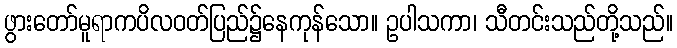
ဖွားတော်မူရာကပိလဝတ်ပြည်၌နေကုန်သော။ ဥပါသကာ၊ သီတင်းသည်တို့သည်။